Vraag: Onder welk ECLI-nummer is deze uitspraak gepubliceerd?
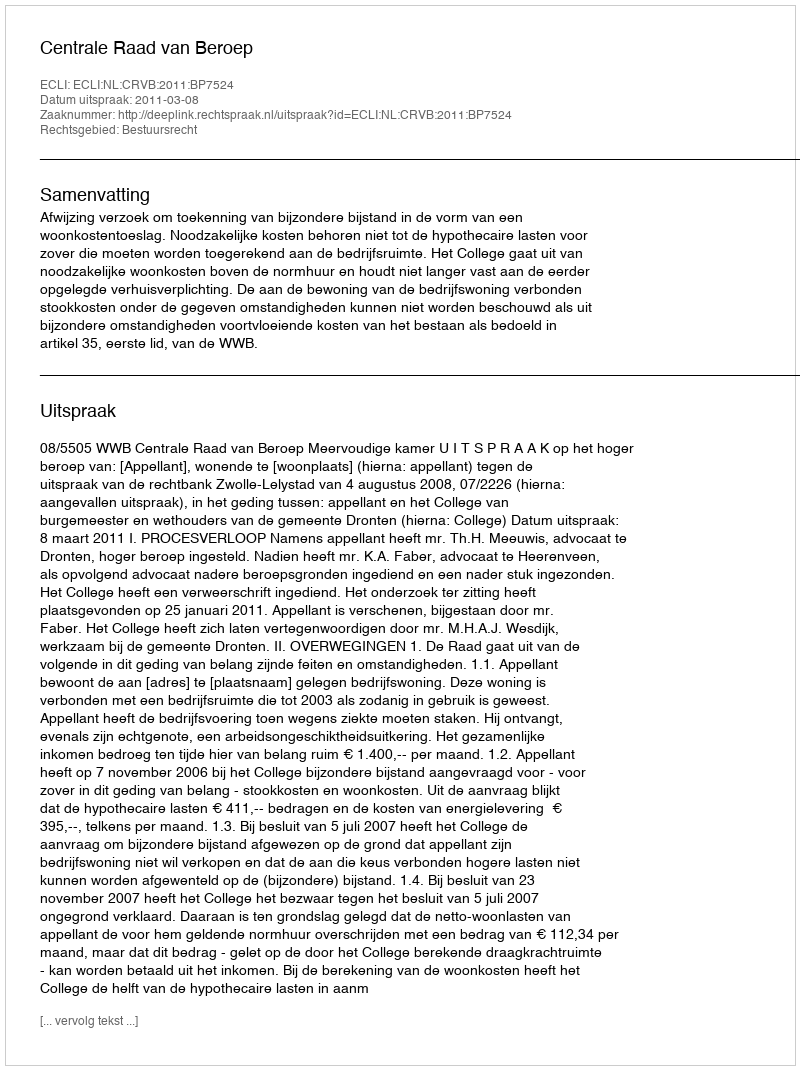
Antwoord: ECLI:NL:CRVB:2011:BP7524